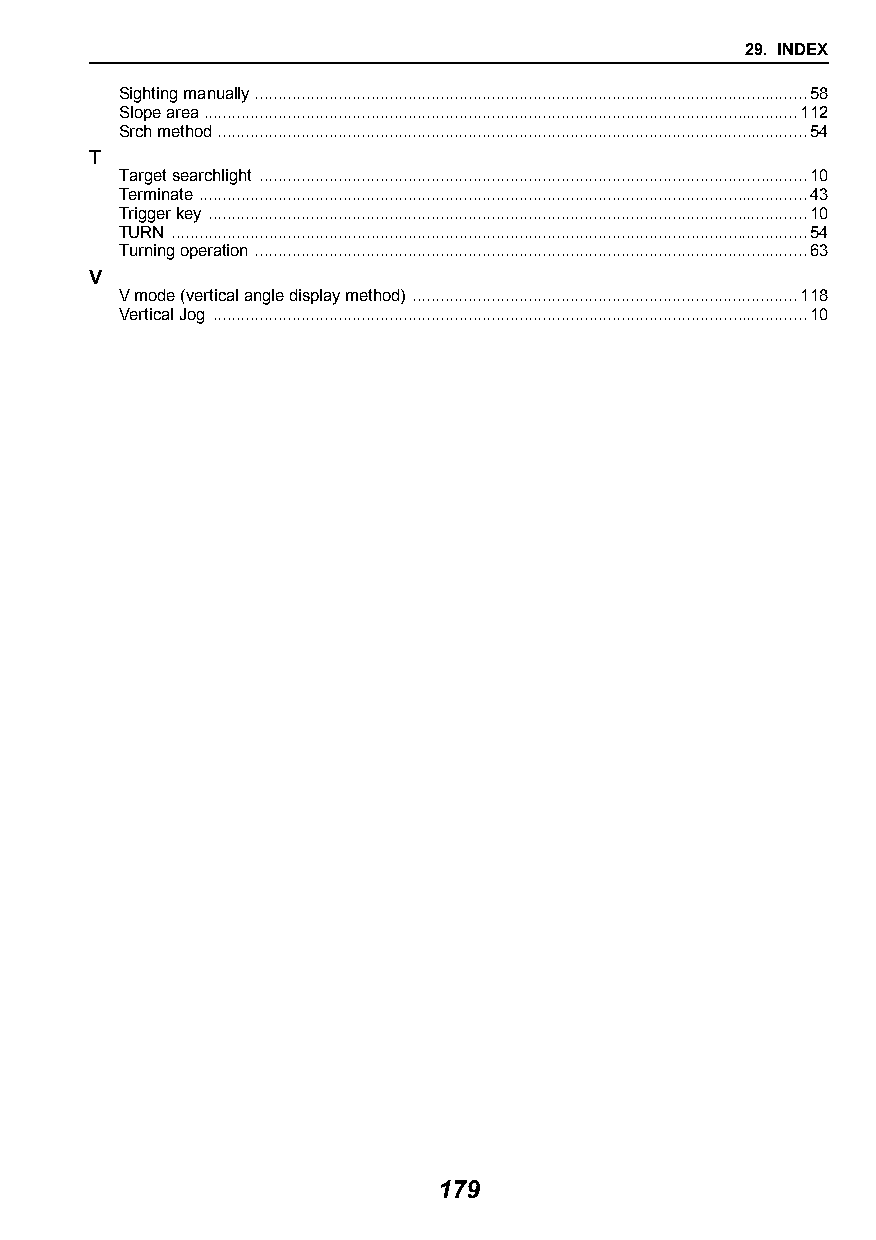
29. INDEX
 Sighting manually .......................................................................................................................58
 Slope area ................................................................................................................................112
 Srch method ...............................................................................................................................54
 T
 Target searchlight ......................................................................................................................10
 Terminate ...................................................................................................................................43
 Trigger key .................................................................................................................................10
 TURN .........................................................................................................................................54
 Turning operation .......................................................................................................................63
 V
 V mode (vertical angle display method) ...................................................................................118
 Vertical Jog ................................................................................................................................10
 179